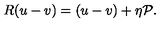
R ( u - v ) = ( u - v ) + \eta { \cal P } .